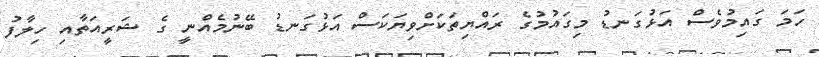
ހަމަ ގައިމުވެސް އަޅުގަނޑު މިގައުމުގެ ރައްޔިތަކަށްވިޔަކަސް އަޅުގަނޑު ބޭނުމެއްނީ ގެ ޝަރީއަތާއި ހިލާފު